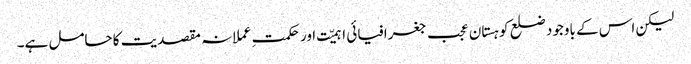
لیکن اس کے باوجود ضلع کوہستان عجب جغرافیائی اہمیّت اور حکمتِ عملانہ مقصدیت کا حامل ہے۔